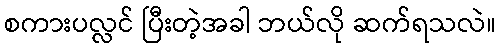
စကားပလ္လင် ပြီးတဲ့အခါ ဘယ်လို ဆက်ရသလဲ။